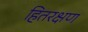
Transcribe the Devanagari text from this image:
हितरक्षण